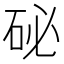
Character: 𥑖